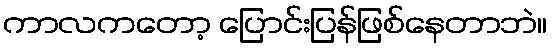
ကာလကတော့ ပြောင်းပြန်ဖြစ်နေတာဘဲ။